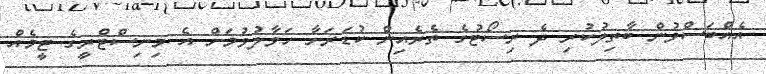
އެއްބަސްވުން ބާތިލުކުރި ދެ ރިސޯޓުގެ ތެރެއިން ކުޑަރަށާ ހަވާލުވުމަށް އެ މިނިސްޓްރީގެ ޓީމެއް